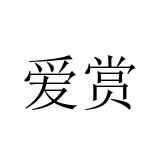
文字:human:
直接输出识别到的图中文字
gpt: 爱赏